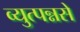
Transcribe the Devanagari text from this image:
व्युत्पन्नसे